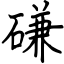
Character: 磏